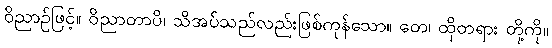
ဝိညာဉ်ဖြင့်။ ဝိညာတာပိ၊ သိအပ်သည်လည်းဖြစ်ကုန်သော။ တေ၊ ထိုတရား တို့ကို။